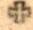
+